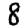
Digit: 8